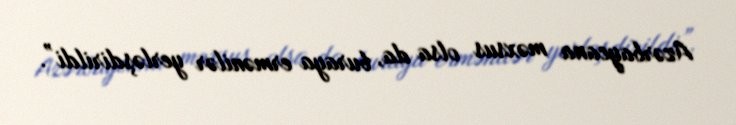
Azərbaycana məxsus olsa da, buraya ermənilər yerləşdirildi”.